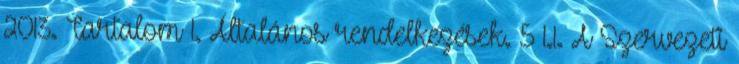
2013. Tartalom 1. Általános rendelkezések. 5 1.1. A Szervezeti